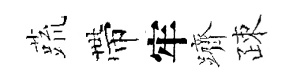
蔬帶牢躋疎